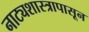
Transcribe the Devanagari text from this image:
नाट्यशास्त्रापासून